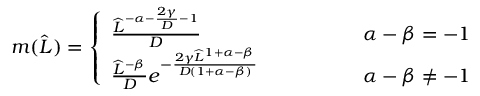
\begin{array} { r } { m ( \widehat { L } ) = \left\{ \begin{array} { l l } { \frac { \widehat { L } ^ { - \alpha - \frac { 2 \gamma } { D } - 1 } } { D } \qquad \qquad } & { \ \alpha - \beta = - 1 } \\ { \frac { \widehat { L } ^ { - \beta } } { D } e ^ { - \frac { 2 \gamma \widehat { L } ^ { 1 + \alpha - \beta } } { D ( 1 + \alpha - \beta ) } } \qquad \qquad } & { \ \alpha - \beta \neq - 1 } \end{array} \right. } \end{array}